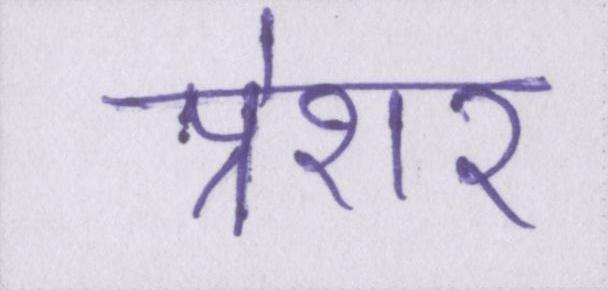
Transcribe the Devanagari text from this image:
प्रेशर